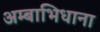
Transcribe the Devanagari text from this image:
अम्बाभिधाना